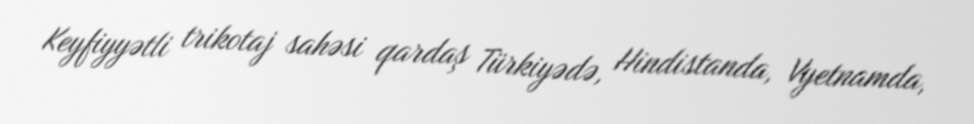
Keyfiyyətli trikotaj sahəsi qardaş Türkiyədə, Hindistanda, Vyetnamda,